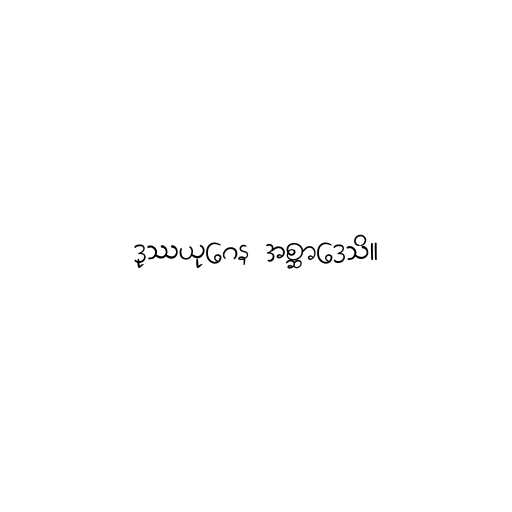
ဒုဿယုဂေန အစ္ဆာဒေသိ။